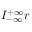
I _ { - \infty } ^ { + \infty } r